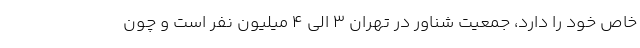
خاص خود را دارد، جمعیت شناور در تهران ۳ الی ۴ میلیون نفر است و چون